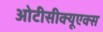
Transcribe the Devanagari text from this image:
ओटीसीक्यूएक्स